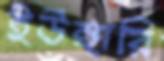
ইউঙ্গারি